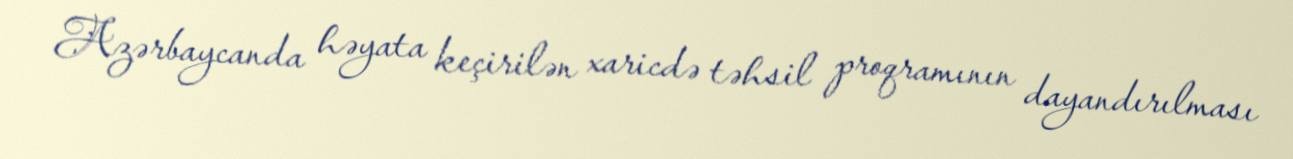
Azərbaycanda həyata keçirilən xaricdə təhsil proqramının dayandırılması